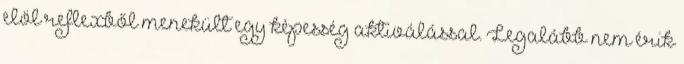
elöl reflexből menekült egy képesség aktiválással. Legalább nem érik